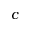
c